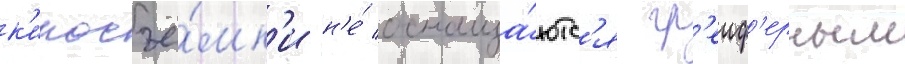
к'иносъё́мк'и н'е́ оснаща́ютс'я гр'еиф'ерным